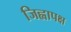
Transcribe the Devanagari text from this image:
जिह्वापक्ष